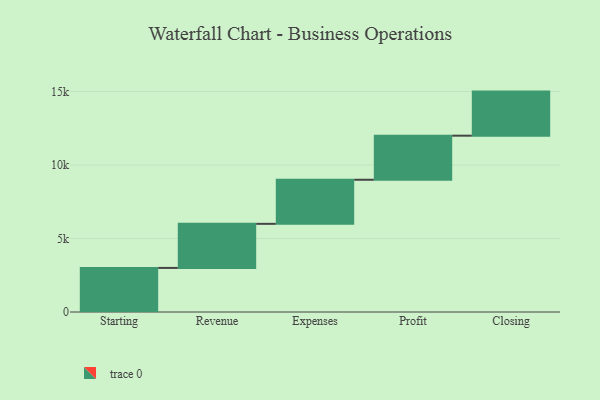
{"axis": {"x": "Step", "y": "Value"}, "legend": [""], "data": [{"x": "Starting", "y": 3000, "type": ""}, {"x": "Revenue", "y": 3000, "type": ""}, {"x": "Expenses", "y": 3000, "type": ""}, {"x": "Profit", "y": 3000, "type": ""}, {"x": "Closing", "y": 3000, "type": ""}]}